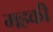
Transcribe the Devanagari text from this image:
महकी